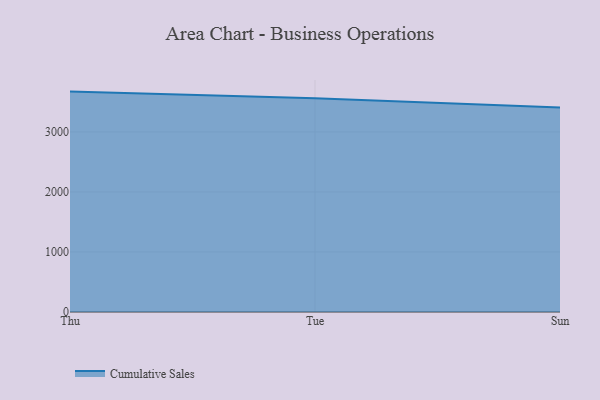
{"axis": {"x": "Day", "y": "Temperature (°C)"}, "legend": ["Cumulative Sales"], "data": [{"x": "Thu", "y": 3672.2, "type": "Cumulative Sales"}, {"x": "Tue", "y": 3561.7, "type": "Cumulative Sales"}, {"x": "Sun", "y": 3408.7, "type": "Cumulative Sales"}]}